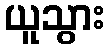
ယူသွား